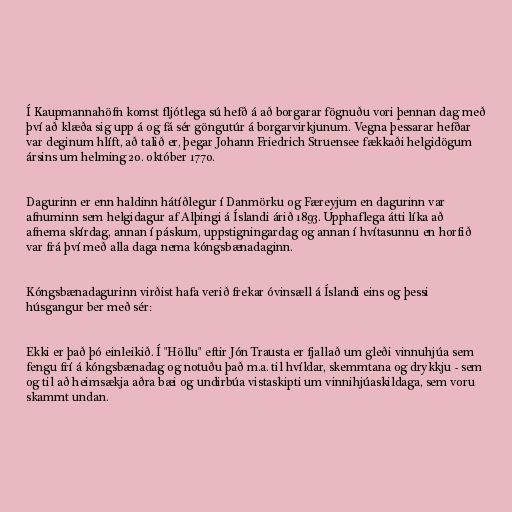
Í Kaupmannahöfn komst fljótlega sú hefð á að borgarar fögnuðu vori þennan dag með
því að klæða sig upp á og fá sér göngutúr á borgarvirkjunum. Vegna þessarar hefðar
var deginum hlíft, að talið er, þegar Johann Friedrich Struensee fækkaði helgidögum
ársins um helming 20. október 1770.

Dagurinn er enn haldinn hátíðlegur í Danmörku og Færeyjum en dagurinn var
afnuminn sem helgidagur af Alþingi á Íslandi árið 1893. Upphaflega átti líka að
afnema skírdag, annan í páskum, uppstigningardag og annan í hvítasunnu en horfið
var frá því með alla daga nema kóngsbænadaginn.

Kóngsbænadagurinn virðist hafa verið frekar óvinsæll á Íslandi eins og þessi
húsgangur ber með sér:

Ekki er það þó einleikið. Í "Höllu" eftir Jón Trausta er fjallað um gleði vinnuhjúa sem
fengu frí á kóngsbænadag og notuðu það m.a. til hvíldar, skemmtana og drykkju - sem
og til að heimsækja aðra bæi og undirbúa vistaskipti um vinnihjúaskildaga, sem voru
skammt undan.